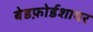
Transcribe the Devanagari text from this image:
बेडफ़ोर्डशायर